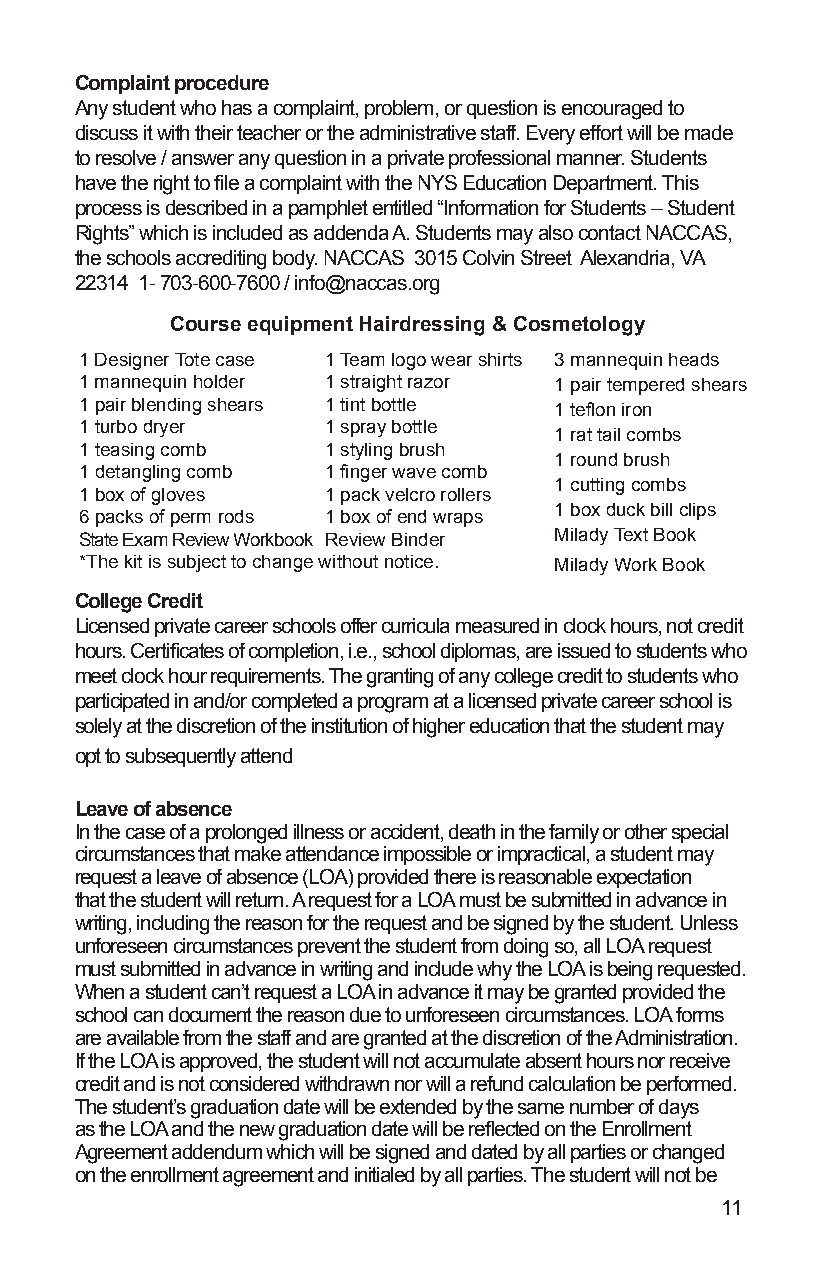
Complaint procedure
 Any student who has a complaint, problem, or question is encouraged to
 discuss it with their teacher or the administrative staff. Every effort will be made
 to resolve / answer any question in a private professional manner. Students
 have the right to file a complaint with the NYS Education Department. This
 process is described in a pamphlet entitled “Information for Students – Student
 Rights” which is included as addenda A. Students may also contact NACCAS,
 the schools accrediting body. NACCAS 3015 Colvin Street Alexandria, VA
 22314 1- 703-600-7600 / info@naccas.org
 Course equipment Hairdressing & Cosmetology
 1 Designer Tote case 1 Team logo wear shirts 3 mannequin heads
 1 mannequin holder 1 straight razor 1 pair tempered shears
 1 pair blending shears 1 tint b ottle 1 teflon iron
 1 turbo dryer   1 spray bottle
 1 rat tail combs
 1 teasing comb  1 styling brush
 1 round brush
 1 detangling comb 1 finger wave comb
 1 cutting combs
 1 box of gloves 1 pack velcro rollers
 1 box duck bill clips
 6 packs of perm rods 1 box o f end wraps
 State Exam Review Workbook Review Binder Milady Text Book
 *The kit is subject to change without notice. Milady Work Book
 College Credit
 Licensed private career schools offer curricula measured in clock hours, not credit
 hours. Certificates of completion, i.e., school diplomas, are issued to students who
 meet clock hour requirements. The granting of any college credit to students who
 participated in and/or completed a program at a licensed private career school is
 solely at the discretion of the institution of higher education that the student may
 opt to subsequently attend
 Leave of absence
 In the case of a prolonged illness or accident, death in the family or other special
 circumstances that make attendance impossible or impractical, a student may
 request a leave of absence (LOA) provided there is reasonable expectation
 that the student will return. A request for a LOA must be submitted in advance in
 writing, including the reason for the request and be signed by the student. Unless
 unforeseen circumstances prevent the student from doing so, all LOA request
 must submitted in advance in writing and include why the LOA is being requested.
 When a student can’t request a LOA in advance it may be granted provided the
 school can document the reason due to unforeseen circumstances. LOA forms
 are available from the staff and are granted at the discretion of the Administration.
 If the LOA is approved, the student will not accumulate absent hours nor receive
 credit and is not considered withdrawn nor will a refund calculation be performed.
 The student’s graduation date will be extended by the same number of days
 as the LOA and the new graduation date will be reflected on the Enrollment
 Agreement addendum which will be signed and dated by all parties or changed
 on the enrollment agreement and initialed by all parties. The student will not be
 11